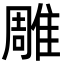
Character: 雕